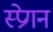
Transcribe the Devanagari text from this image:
स्प्रेगन